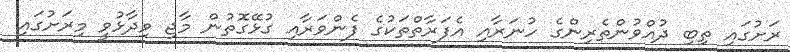
ރަށުގައި ތިބި ދުއްވުންތެރިންގެ ހުނަރާއި އެފަރާތްތަކުގެ ފެންވަރާއި ގުޅޭގޮތުން މާޖި ވިދާޅުވީ މިރަށުގައި